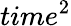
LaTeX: time^{2}